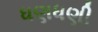
ધણધણી